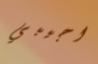
اجيبي